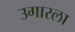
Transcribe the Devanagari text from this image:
उगारला